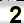
Digit: 2